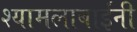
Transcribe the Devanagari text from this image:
श्यामलाबाईंनी